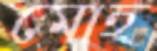
মোহ